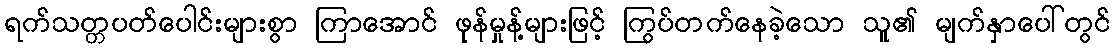
ရက်သတ္တပတ်ပေါင်းများစွာ ကြာအောင် ဖုန်မှုန့်များဖြင့် ကြွပ်တက်နေခဲ့သော သူ၏ မျက်နှာပေါ်တွင်